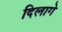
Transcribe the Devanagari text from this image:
दिलागे